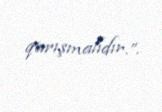
qarışmalıdır.”.